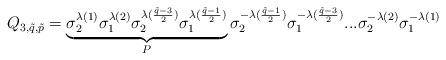
LaTeX: \begin{align*}Q_{3,\tilde{q},\tilde{p}}=\underbrace{\sigma_2^{\lambda(1)}\sigma_1^{\lambda(2)}\sigma_2^{\lambda(\frac{\tilde{q}-3}{2})}\sigma_1^{\lambda(\frac{\tilde{q}-1}{2})}}_{P}\sigma_2^{-\lambda(\frac{\tilde{q}-1}{2})}\sigma_1^{-\lambda(\frac{\tilde{q}-3}{2})}...\sigma_2^{-\lambda(2)}\sigma_1^{-\lambda(1)}\end{align*}